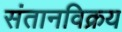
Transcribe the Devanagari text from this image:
संतानविक्रय